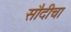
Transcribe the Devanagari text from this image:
सौदीचा